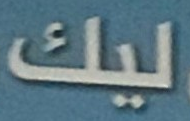
ليك